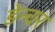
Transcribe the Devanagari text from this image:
डेन्चर